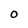
Character: O